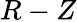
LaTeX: R-Z